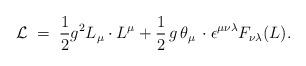
LaTeX: \begin{align*}{\cal L} \;=\; \frac{1}{2} g^2 L_{\mu} \cdot L^{\mu} + \frac{1}{2}\, g \, \theta_{\mu} \,\cdot \epsilon^{\mu \nu \lambda} F_{\nu \lambda} (L).\end{align*}